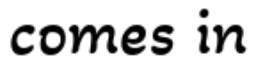
comes in